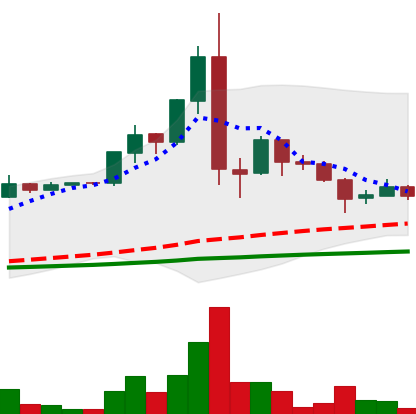
Ticker: LTC-USD
Chart end date: 2015-07-19
Forward return: 22.191%
Label: up_7plus